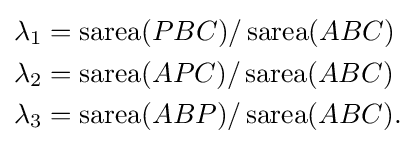
{\begin{aligned}\lambda _{1}&=\operatorname {sarea} (PBC)/\operatorname {sarea} (ABC)\\\lambda _{2}&=\operatorname {sarea} (APC)/\operatorname {sarea} (ABC)\\\lambda _{3}&=\operatorname {sarea} (ABP)/\operatorname {sarea} (ABC).\end{aligned}}